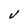
Character: V